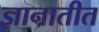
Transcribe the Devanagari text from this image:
ज्ञानातीत